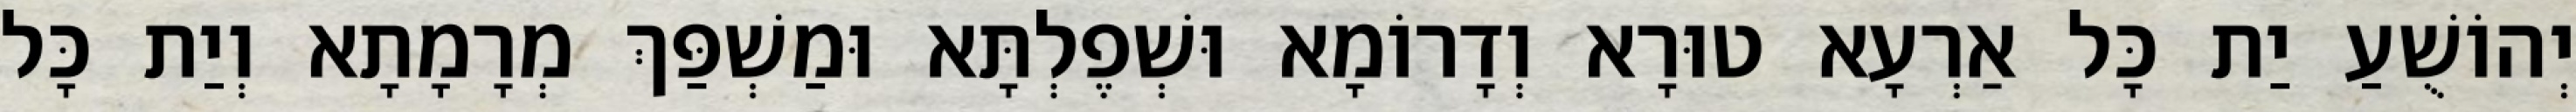
יְהוֹשֻׁעַ יַת כָּל אַרְעָא טוּרָא וְדָרוֹמָא וּשְׁפֶלְתָּא וּמַשְׁפַּךְ מְרָמָתָא וְיַת כָּל